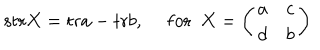
\mathrm { s t r } X = \mathrm { t r } a - \mathrm { t r } b , ~ ~ \mathrm { f o r } ~ ~ X = \left( \begin{array} { c c } { { a } } & { { c } } \\ { { d } } & { { b } } \\ \end{array} \right)